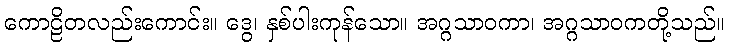
ကောဠိတလည်းကောင်း။ ဒွေ၊ နှစ်ပါးကုန်သော။ အဂ္ဂသာဝကာ၊ အဂ္ဂသာဝကတို့သည်။